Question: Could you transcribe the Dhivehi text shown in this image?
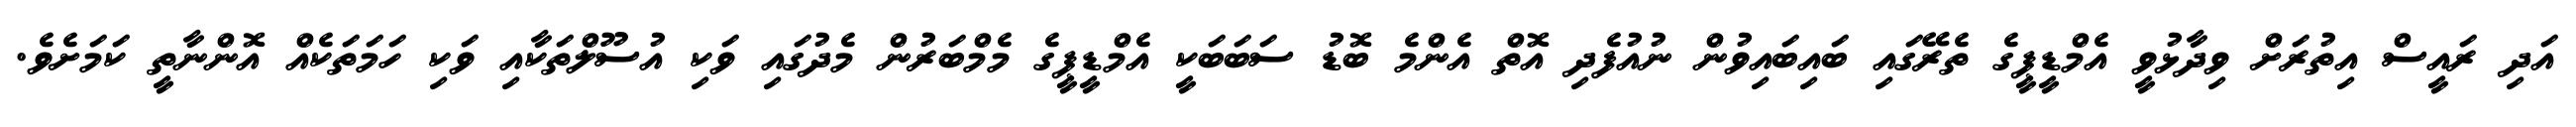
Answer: އަދި ރައީސް އިތުރަށް ވިދާޅުވީ އެމްޑީޕީގެ ތެރޭގައި ބައިބައިވުން ނުއުފެދި އޮތް އެންމެ ބޮޑު ސަބަބަކީ އެމްޑީޕީގެ މެމްބަރުން މެދުގައި ވަކި އުސޫލްތަކާއި ވަކި ހަމަތަކެއް އޮންނާތީ ކަމަށެވެ.